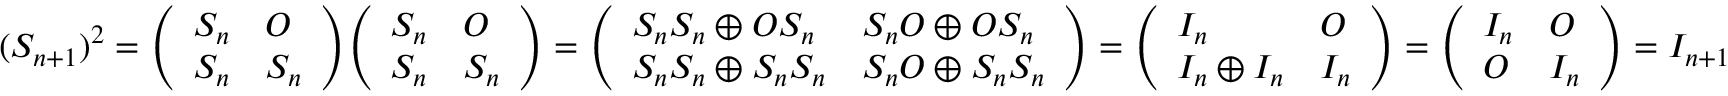
( S _ { n + 1 } ) ^ { 2 } = { \left( \begin{array} { l l } { S _ { n } } & { O } \\ { S _ { n } } & { S _ { n } } \end{array} \right) } { \left( \begin{array} { l l } { S _ { n } } & { O } \\ { S _ { n } } & { S _ { n } } \end{array} \right) } = { \left( \begin{array} { l l } { S _ { n } S _ { n } \oplus O S _ { n } } & { S _ { n } O \oplus O S _ { n } } \\ { S _ { n } S _ { n } \oplus S _ { n } S _ { n } } & { S _ { n } O \oplus S _ { n } S _ { n } } \end{array} \right) } = { \left( \begin{array} { l l } { I _ { n } } & { O } \\ { I _ { n } \oplus I _ { n } } & { I _ { n } } \end{array} \right) } = { \left( \begin{array} { l l } { I _ { n } } & { O } \\ { O } & { I _ { n } } \end{array} \right) } = I _ { n + 1 }